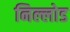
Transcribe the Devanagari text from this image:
निल्लोड